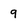
Character: 9